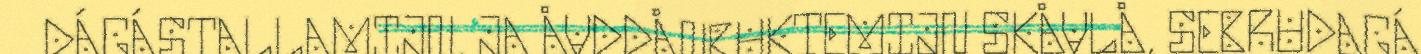
DÁGÁSTALLAMIJN, JA ÅVDDÅNBUKTEMIJN SKÅVLÅ, SEBRUDAGÁ